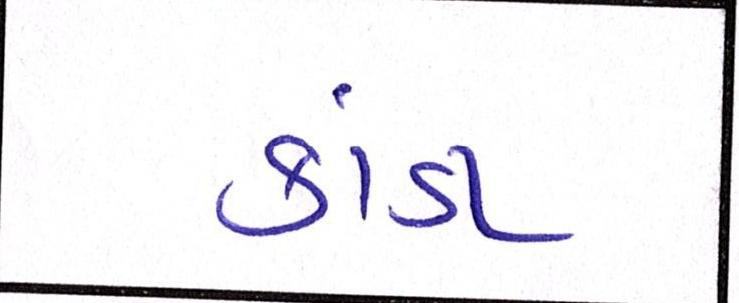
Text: કાંડા